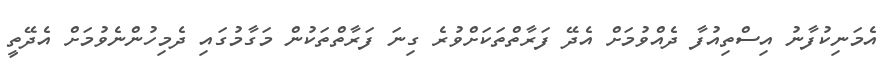
އެމަނިކުފާނު އިސްތިއުފާ ދެއްވުމަށް އެދޭ ފަރާތްތަކަށްވުރެ ގިނަ ފަރާތްތަކުން މަގާމުގައި ދެމިހުންނެވުމަށް އެދޭތީ